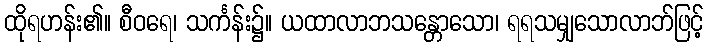
ထိုရဟန်း၏။ စီဝရေ၊ သင်္ကန်း၌။ ယထာလာဘသန္တောသော၊ ရရသမျှသောလာဘ်ဖြင့်